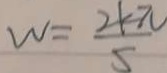
w = \frac { 2 k \pi } { 5 }